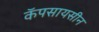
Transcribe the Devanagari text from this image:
कॅपसायसीन